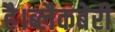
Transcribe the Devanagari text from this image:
है।ब्लैकबेरी